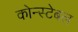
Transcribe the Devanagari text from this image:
कोन्स्टेबल